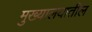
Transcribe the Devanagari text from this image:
मुख्यालयातील